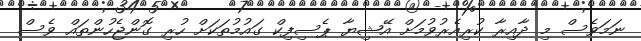
ނަމަވެސް މި ދާއިރާ ކުރިއެރުވުމަށް އޭޝިޔާ ޕެސިފިކް ގައުމުތަކަށް ހުރި ގޮންޖެހުންތައް ވެސް